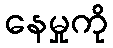
နေမှုကို